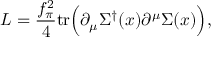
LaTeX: { \cal L } = \frac { f _ { \pi } ^ { 2 } } { 4 } \mathrm { t r } \Bigl ( \partial _ { \mu } \Sigma ^ { \dagger } ( x ) \partial ^ { \mu } \Sigma ( x ) \Bigr ) , \nonumber